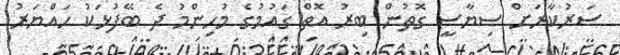
ސަރުކާރަށް ސިޔާސީ ގޮތުން ބިރު އޮތް ގައުމުގެ މުހިންމު ދެ ބޭފުޅަކު ހައްޔަރު